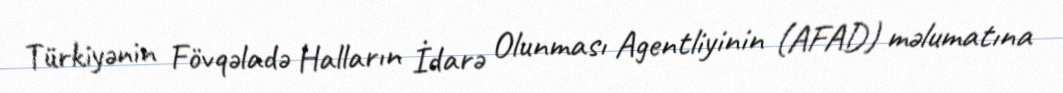
Türkiyənin Fövqəladə Halların İdarə Olunması Agentliyinin (AFAD) məlumatına